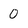
Character: 0